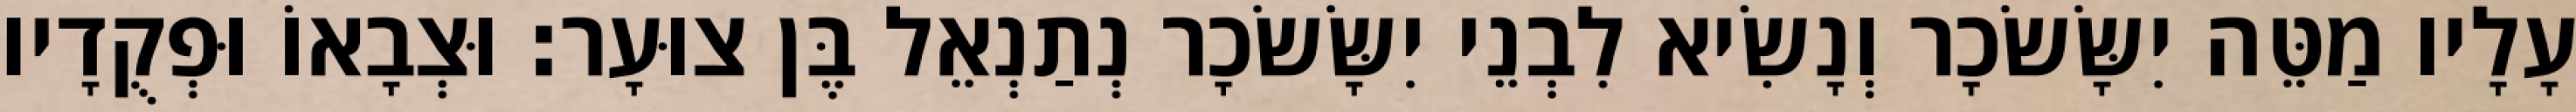
עָלָיו מַטֵּה יִשָּׂשׂכָר וְנָשִׂיא לִבְנֵי יִשָּׂשׂכָר נְתַנְאֵל בֶּן צוּעָר׃ וּצְבָאוֹ וּפְקֻדָיו